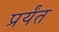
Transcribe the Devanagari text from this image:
प्रर्यंत